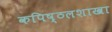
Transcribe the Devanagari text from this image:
कपिष्ठलशाखा